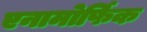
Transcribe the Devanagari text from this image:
एनामोर्फिक